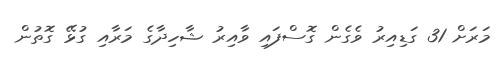
މަރަށް 31 ގަޑިއިރު ވެގެން ގޮސްފައި ވާއިރު ޝާހިދާގެ މަރާއި ގުޅޭ ގޮތުން